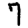
Digit: 7